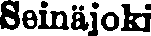
Seinäjoki